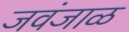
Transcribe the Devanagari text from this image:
जवंजाळ